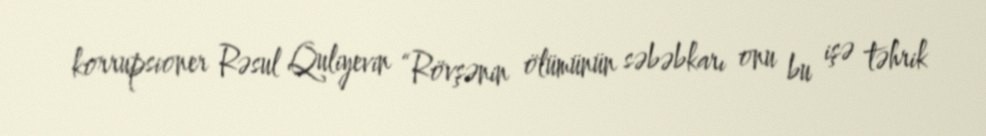
korrupsioner Rəsul Quliyevin “Rövşənin ölümünün səbəbkarı onu bu işə təhrik